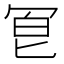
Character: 冟